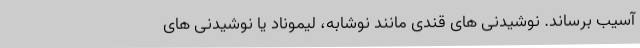
آسیب برساند. نوشیدنی های قندی مانند نوشابه، لیموناد یا نوشیدنی های